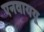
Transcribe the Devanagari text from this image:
एनवाययू